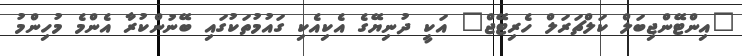
"އިންޓޭންޖިބަލް ކަލްޗަރަލް ހެރިޓޭޖް" އަކީ ދުނިޔޭގެ އެކިއެކި ގައުމުތަކުގައި ބޭނުންކުރާ އެންމެ މުހިންމު